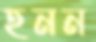
হনন